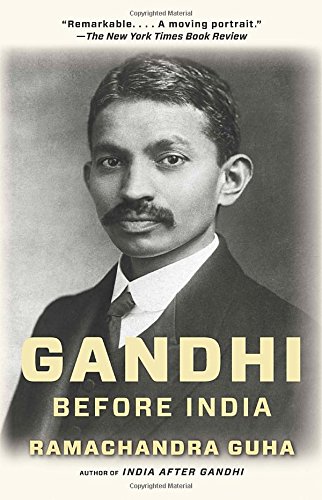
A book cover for Gandhi Before India; Ramachandra Guha; Religion & Spirituality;